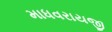
માધવરાયજી